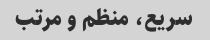
سریع، منظم و مرتب